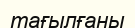
тағылғаны